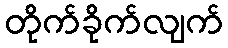
တိုက်ခိုက်လျက်